NAE_EAOK_eestikeelsed_sunnimeetrikad, lk 170
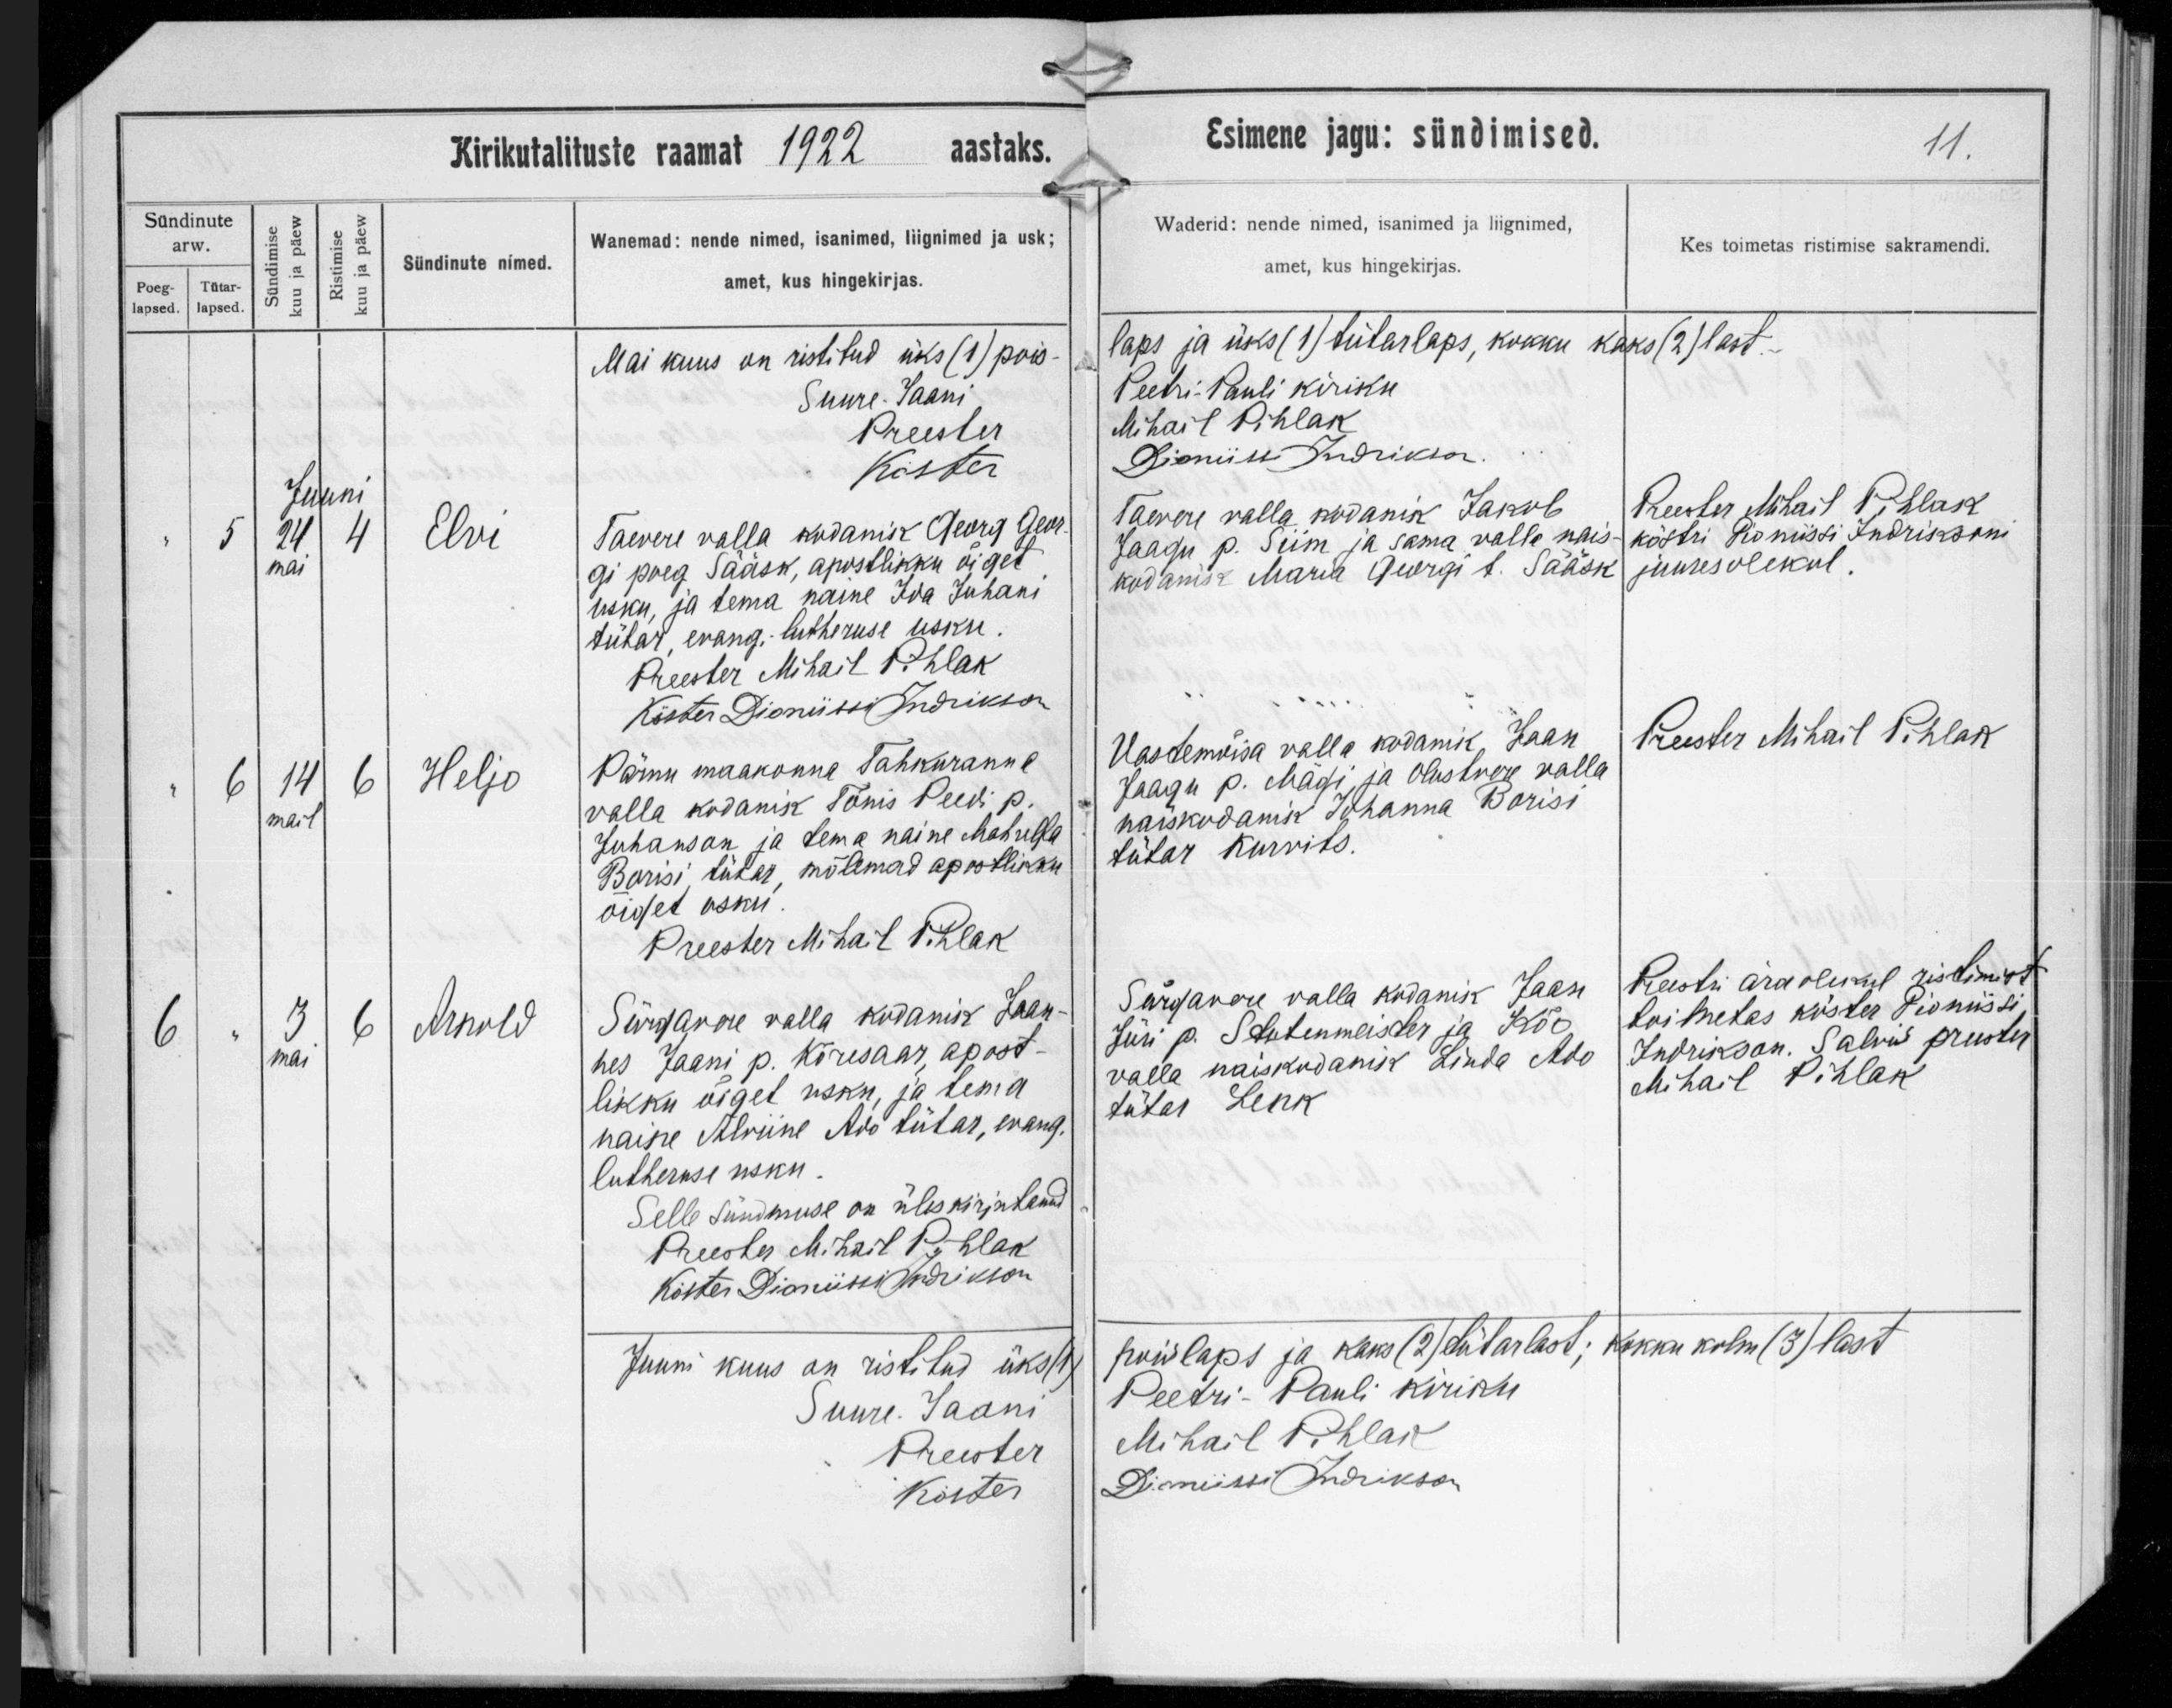
Elvi

Heljo

Arnold

Taevere valla kodanik Georg Geor-
gi poeg Sääsk, apostlikku õiget
usku, ja tema naine Ida Juhani
tütar, evang.-lutheruse usku.

Pärnu maakonna Tahkuranna
valla kodanik Tõnis Peedi p.
Juhanson ja tema naine Mahulka
Borisi tütar, mõlemad apostlikku
õiget usku.

Sürgavere valla kodanik Joan-
nes Jaani p. Kõresaar, apost-
likku õiget usku, ja tema
naine Alviine Ado tütar, evang.
lutheruse usku.